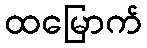
ထမြောက်